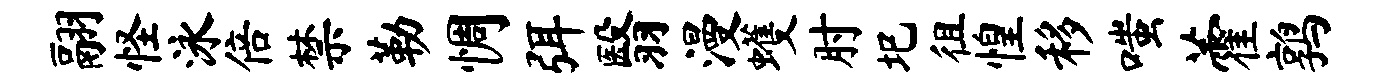
翮怪泳倍禁勒惆弭翳漫蠖肘圯徂惶移嗤藿鹑